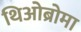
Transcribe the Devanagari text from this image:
थिओब्रोमा